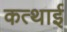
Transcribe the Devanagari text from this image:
कत्थाई